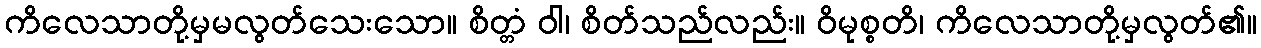
ကိလေသာတို့မှမလွတ်သေးသော။ စိတ္တံ ဝါ၊ စိတ်သည်လည်း။ ဝိမုစ္စတိ၊ ကိလေသာတို့မှလွတ်၏။